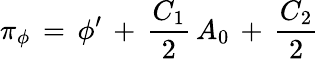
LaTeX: \pi_{\phi}\, =\, \phi^{\prime}\, +\, {\frac{C_{1}}{2}}\, A_{0}\, +\, {\frac{C_{2}}{2}}